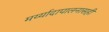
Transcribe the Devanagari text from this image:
मर्य्यादापालनासही